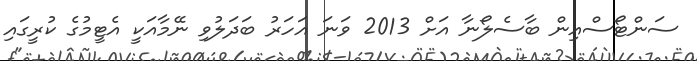
ސަންޓޯސްއިން ބާސެލޯނާ އަށް 2013 ވަނަ އަހަރު ބަދަލުވި ނޭމާއަކީ އެޓީމުގެ ކުރީގައި